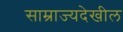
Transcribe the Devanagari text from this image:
साम्राज्यदेखील